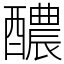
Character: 醲